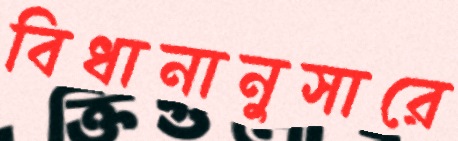
বিধানানুসারে